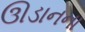
ઊડાનના